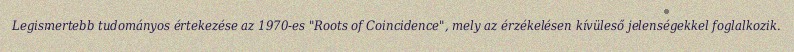
Legismertebb tudományos értekezése az 1970-es "Roots of Coincidence", mely az érzékelésen kívüleső jelenségekkel foglalkozik.